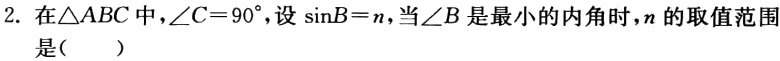
2. 在$\triangle ABC$中，$\angle C = 90^{\circ}$，设$\sin B = n$，当$\angle B$是最小的内角时，$n$的取值范围

是（  ）